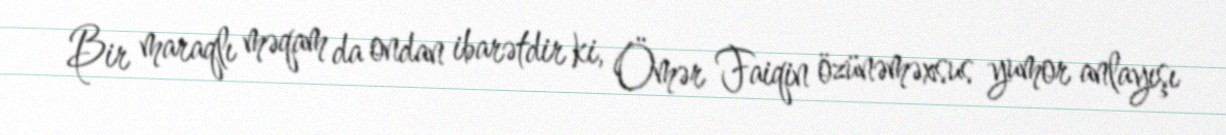
Bir maraqlı məqam da ondan ibarətdir ki, Ömər Faiqin özünəməxsus yumor anlayışı